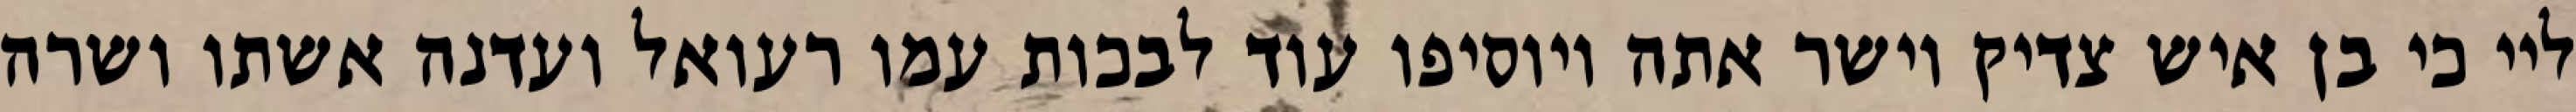
ליי כי בן איש צדיק וישר אתה ויוסיפו עוד לבכות עמו רעואל ועדנה אשתו ושרה